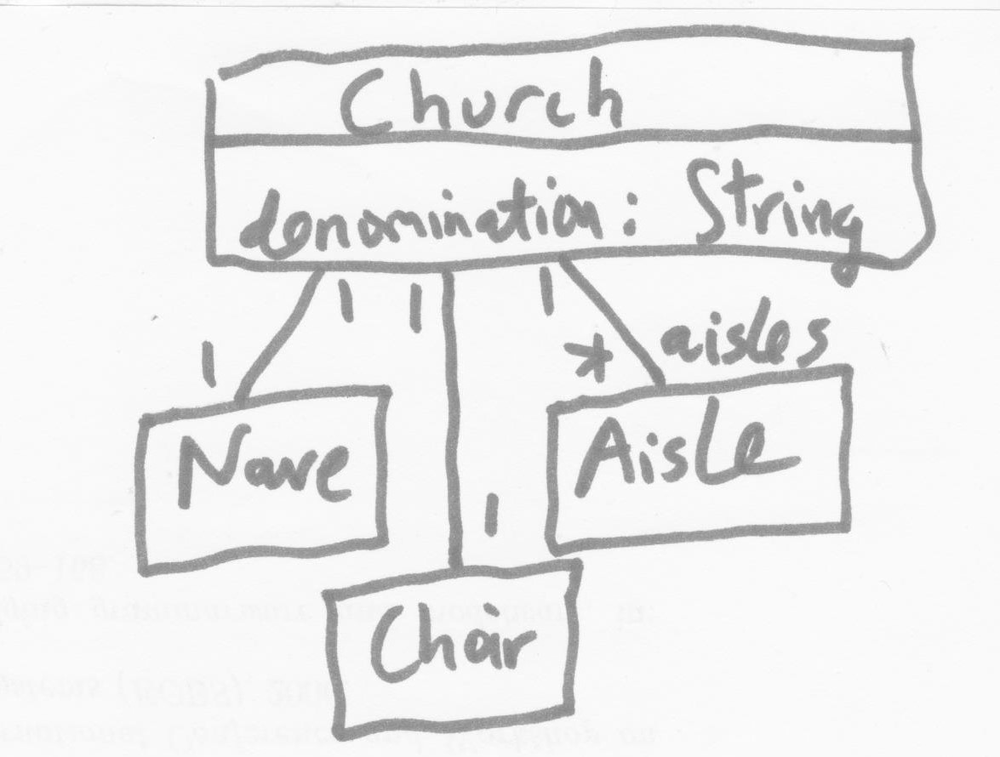
Diagram type: class_diagram
```plantuml
@startuml

class Church {
  denomination: String
}

class Name

class Chair

class Aisle

Church "1" -- "1" Name
Church "1" -- "1" Chair
Church "1" -- "aisles *" Aisle

@enduml
```